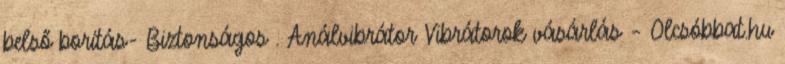
belső borítás- Biztonságos . Análvibrátor Vibrátorok vásárlás – Olcsóbbat.hu